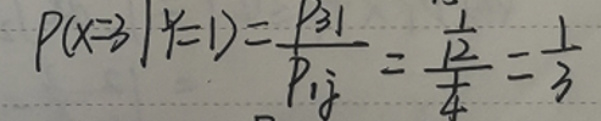
\[ P(X = 3|Y = 1)=\frac{P_{31}}{P_{1\cdot}}=\frac{\frac{1}{12}}{\frac{1}{4}}=\frac{1}{3} \]